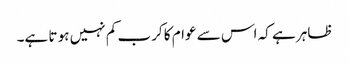
ظاہر ہے کہ اس سے عوام کا کرب کم نہیں ہو تا ہے۔